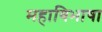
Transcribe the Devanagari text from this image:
महाविभाषा